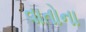
વાતોના